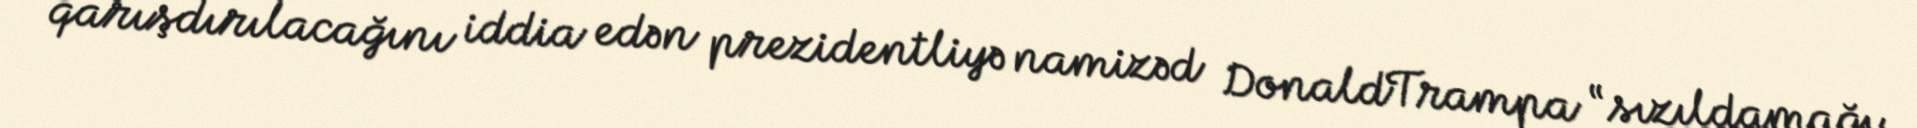
qarışdırılacağını iddia edən prezidentliyə namizəd DonaldTrampa “sızıldamağı